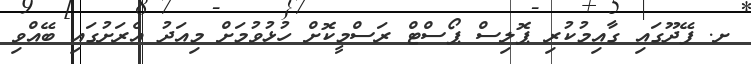
ށ. ފޭދޫގައި ގާއިމުކުރި ޕޮލިސް ޕޯސްޓް ރަސްމީކޮށް ހުޅުވުމަށް މިއަދު އެރަށުގައި ބޭއްވި